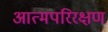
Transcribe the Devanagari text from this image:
आत्मपरिरक्षण